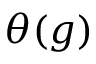
\theta ( g )